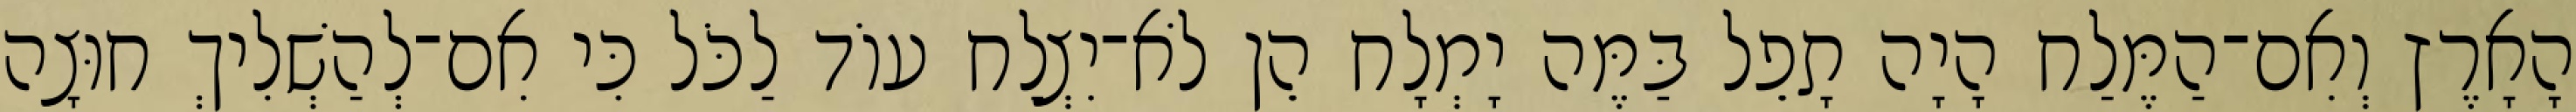
הָאָרֶץ וְאִם־הַמֶּלַח הָיָה תָפֵל בַּמֶּה יָמְלָח הֵן לֹא־יִצְלַח עוֹד לַכֹּל כִּי אִם־לְהַשְׁלִיךְ חוּצָה